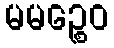
မမဉ္စေဝ